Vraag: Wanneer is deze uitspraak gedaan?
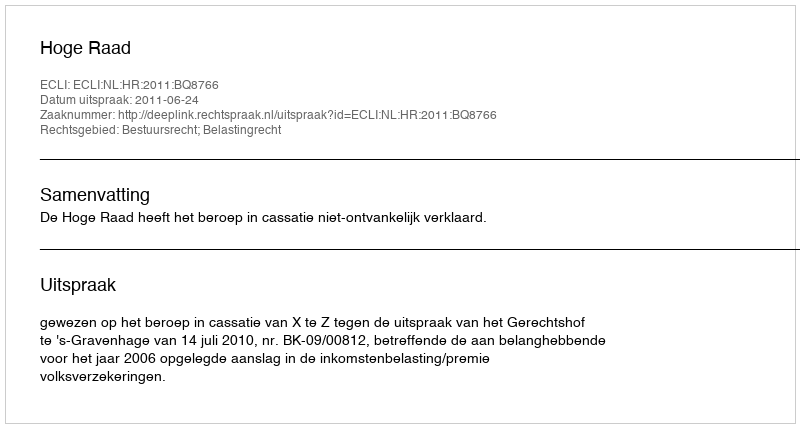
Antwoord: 2011-06-24